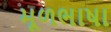
મૂળભાષા